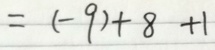
= ( - 9 ) + 8 + 1